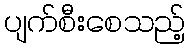
ပျက်စီးစေသည့်